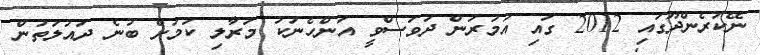
ނޭކުރެންދޫގައި 2012 ގައި އުމުރުން ދުވަސްވީ އަންހެނަކު މަރާލި ކަމަށް ބުނެ ދައުލަތުން